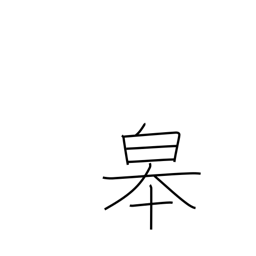
Meaning: the high land along a river